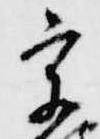
宗